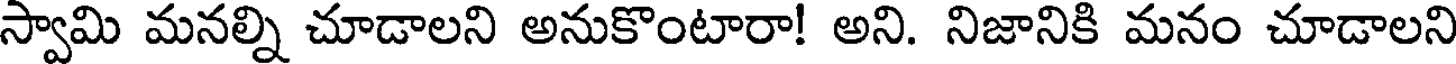
స్వామి మనల్ని చూడాలని అనుకొంటారా! అని. నిజానికి మనం చూడాలని